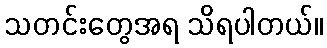
သတင်းတွေအရ သိရပါတယ်။